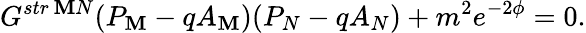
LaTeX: G^{str\, \mathbf{M}N}(P_{\mathbf{M}}-qA_{\mathbf{M}})(P_{N}-qA_{N})+m^{2}e^{-2\phi}=0.